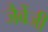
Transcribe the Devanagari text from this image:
जैबेंजी